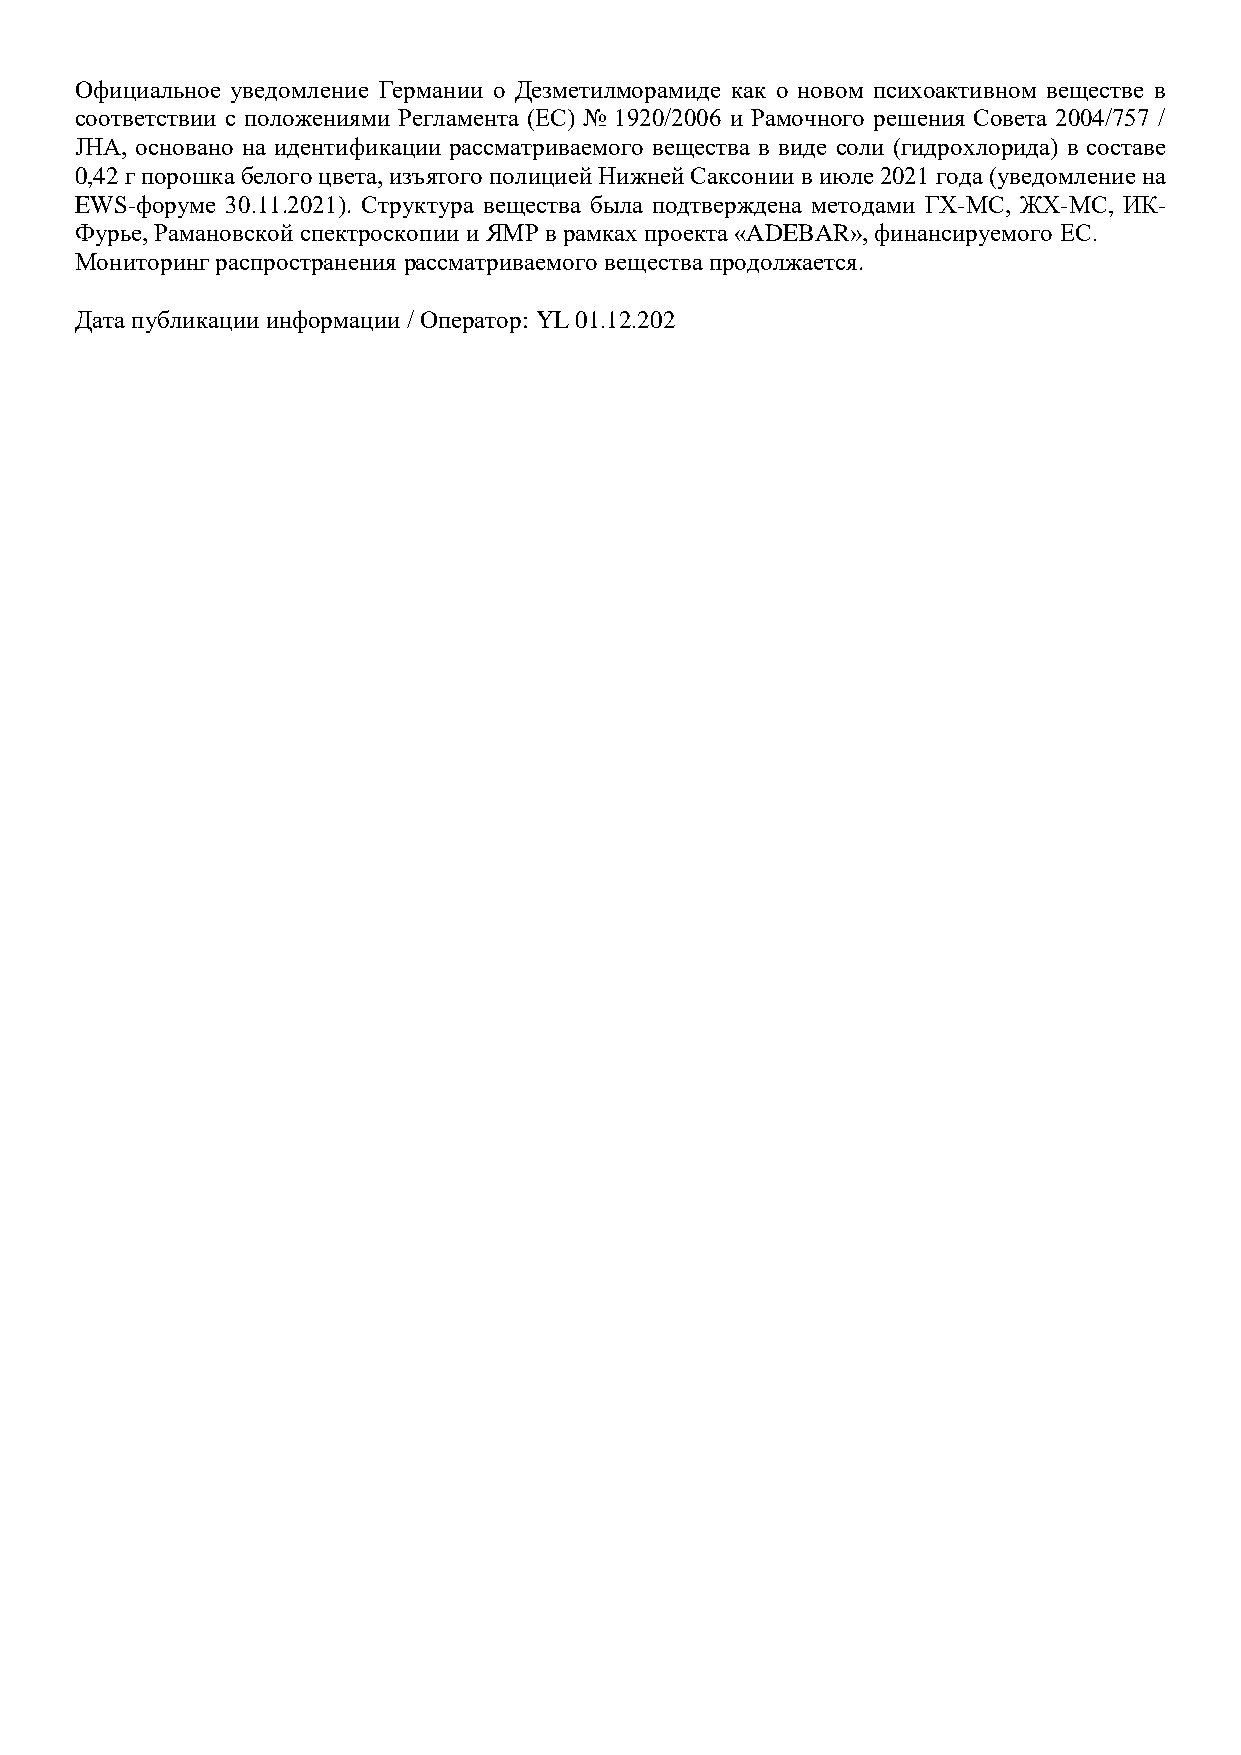
Официальное уведомление Германии о Дезметилморамиде как о новом психоактивном веществе в
 соответствии с положениями Регламента (ЕС) № 1920/2006 и Рамочного решения Совета 2004/757 /
 JHA, основано на идентификации рассматриваемого вещества в виде соли (гидрохлорида) в составе
 0,42 г порошка белого цвета, изъятого полицией Нижней Саксонии в июле 2021 года (уведомление на
 EWS-форуме 30.11.2021). Структура вещества была подтверждена методами ГХ-МС, ЖХ-МС, ИК-
 Фурье, Рамановской спектроскопии и ЯМР в рамках проекта «ADEBAR», финансируемого ЕС.
 Мониторинг распространения рассматриваемого вещества продолжается.
 Дата публикации информации / Оператор: YL 01.12.202